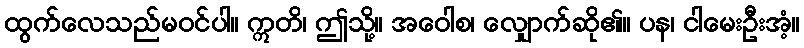
ထွက်လေသည်မဝင်ပါ။ ဣတိ၊ ဤသို့။ အဝေါစ၊ လျှောက်ဆို၏။ ပန၊ ငါမေးဦးအံ့။